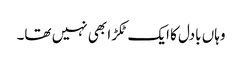
وہاں بادل کا ایک ٹکڑا بھی نہیں تھا۔